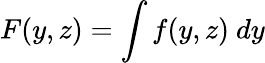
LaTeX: F(y,z)=\int f(y,z)~dy